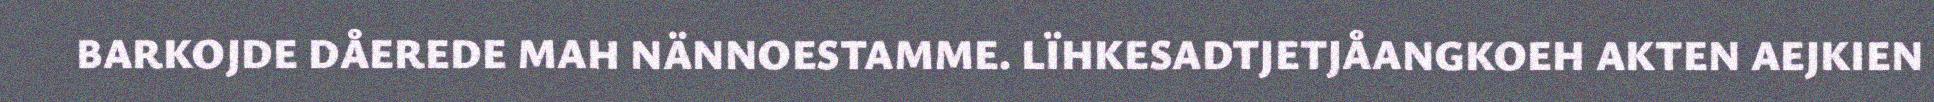
BARKOJDE DÅEREDE MAH NÄNNOESTAMME. LÏHKESADTJETJÅANGKOEH AKTEN AEJKIEN